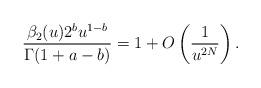
LaTeX: \begin{align*} \frac{\beta_2(u)2^bu^{1-b}}{\Gamma(1+a-b)}=1+O\left(\frac{1}{u^{2N}}\right).\end{align*}